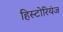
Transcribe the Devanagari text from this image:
हिस्टोरियंज